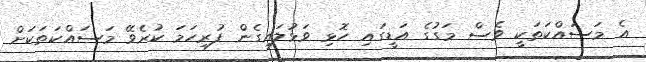
އެ މަސައްކަތަކީ ވެސް މަގުގެ އަޑީގައި ހޮޅި ވަޅުލައިގެން ފުރިހަމަ ކުރެވޭ މަސައްކަތަކަށް